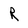
Character: R